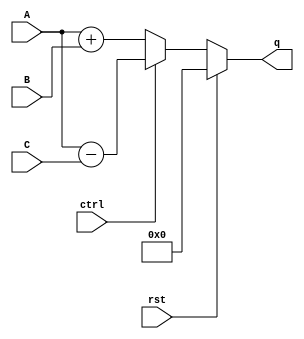
`timescale 1ns / 1ps

//!DO NOT MODIFY MODULE NAME AND PORT NAME!
module CCTA(
        input [3:0] A,
        input [3:0] B,
        input [3:0] C,
        input rst,
        input ctrl,
        output [4:0] q
);
reg [4:0]q_out;
assign q = q_out;

always @* begin
    if (rst == 1'h1) begin 
        q_out = 5'h0;
    end
    else begin
        if (ctrl == 1'h0) begin 
            q_out = A + B;
        end 
        else begin
            q_out = A - C;
        end
    end
end

endmodule